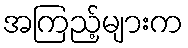
အကြည့်များက